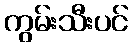
ကွမ်းသီးပင်